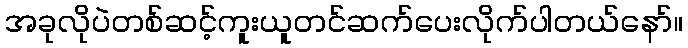
အခုလိုပဲတစ်ဆင့်ကူးယူတင်ဆက်ပေးလိုက်ပါတယ်နော်။